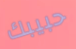
حبيبك